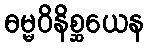
ဓမ္မဝိနိစ္ဆယေန